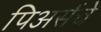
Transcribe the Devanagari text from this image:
पिअर्सचे